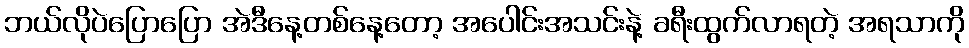
ဘယ်လိုပဲပြောပြော အဲဒီနေ့တစ်နေ့တော့ အပေါင်းအသင်းနဲ့ ခရီးထွက်လာရတဲ့ အရသာကို